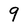
Character: 9